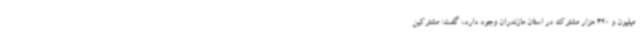
میلیون و 420 هزار مشترک در استان مازندران وجود دارد، گفت: مشترکین